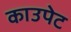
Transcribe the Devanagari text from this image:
काउपेट